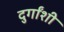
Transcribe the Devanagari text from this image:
दुर्गांशी